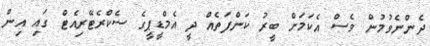
ދެންނެވުމުން ވެސް އެކަމަށް ބީރު ކަންފަތެއް ދީ އެމްޑީޕީގެ ސެކްރެޓޭރިއެޓް ގައި އިން